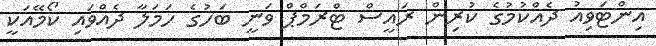
އިންޓަވިއު ދެއްކުމުގެ ކުރިން ރައީސް ޓްރަމްޕް ވަނީ ބަހުގެ ހަމަލާ ދެއްވައި ކޯމޭއަކީ